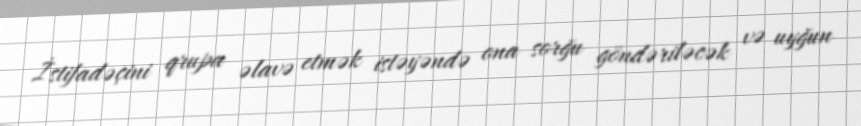
İstifadəçini qrupa əlavə etmək istəyəndə ona sorğu göndəriləcək və uyğun